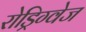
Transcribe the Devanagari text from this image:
रोड्रिग्वेज